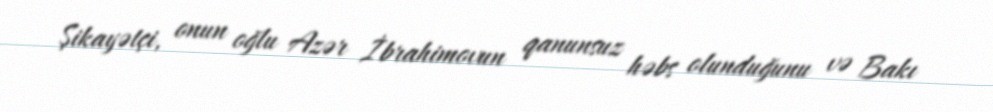
Şikayətçi, onun oğlu Azər İbrahimovun qanunsuz həbs olunduğunu və Bakı